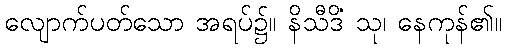
လျောက်ပတ်သော အရပ်၌။ နိသီဒိံ သု၊ နေကုန်၏။